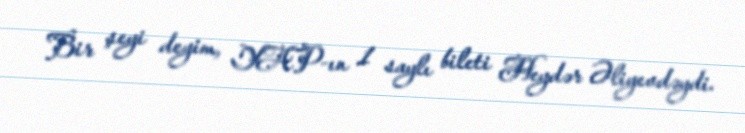
Bir şeyi deyim, YAP-ın 1 saylı bileti Heydər Əliyevdəydi.